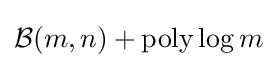
{\mathcal {B}}(m,n)+{\text{poly}}\log m